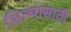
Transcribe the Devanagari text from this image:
शिल्पांसाठी